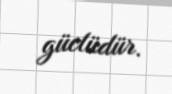
güclüdür.